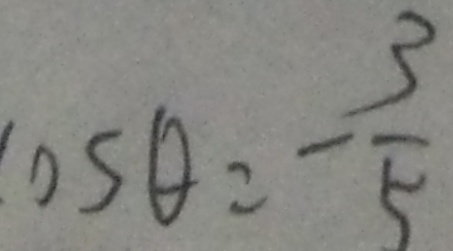
O S \theta = - \frac { 3 } { 5 }